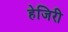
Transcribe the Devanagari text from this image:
हेजिरी